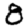
Digit: 8